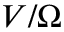
V / \Omega